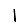
Digit: 1